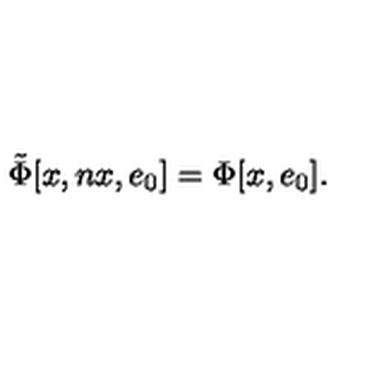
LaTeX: \tilde { \Phi } \lbrack x , n x , e \sb { 0 } \rbrack = \Phi \lbrack x , e \sb { 0 } \rbrack .